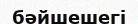
бәйшешегі